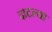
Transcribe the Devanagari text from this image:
दाटल्या